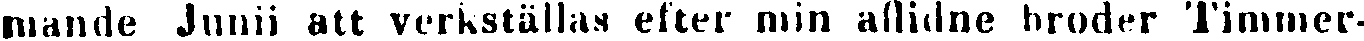
mande Junii att verkställas efter min aflidne broder Timmer-